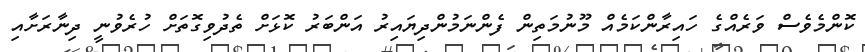
ކޮންމެވެސް ވަރެއްގެ ހައިރާންކަމެއް މޫނުމަތިން ފެންނަމުންދިޔައިރު އަންބަރު ކޮޅަށް ތެދުވިގޮތަށް ހުރެވުނީ ދިނާރަށާއި